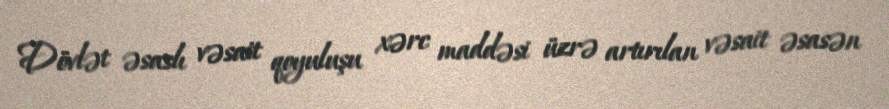
Dövlət əsaslı vəsait qoyuluşu xərc maddəsi üzrə artırılan vəsait əsasən